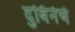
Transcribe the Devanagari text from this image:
दुर्बिनेचे